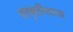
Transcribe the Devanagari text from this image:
संस्कृतींमधल्या